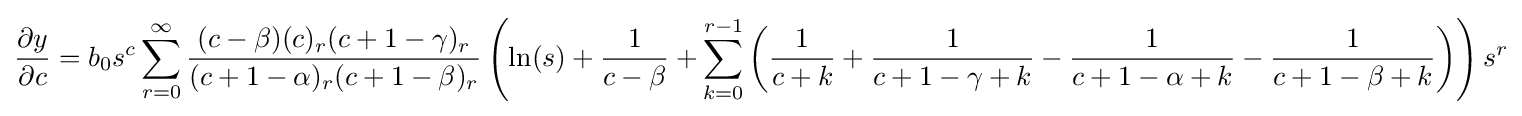
{\frac {\partial y}{\partial c}}=b_{0}s^{c}\sum _{r=0}^{\infty }{\frac {(c-\beta )(c)_{r}(c+1-\gamma )_{r}}{(c+1-\alpha )_{r}(c+1-\beta )_{r}}}\left(\ln(s)+{\frac {1}{c-\beta }}+\sum _{k=0}^{r-1}\left({\frac {1}{c+k}}+{\frac {1}{c+1-\gamma +k}}-{\frac {1}{c+1-\alpha +k}}-{\frac {1}{c+1-\beta +k}}\right)\right)s^{r}